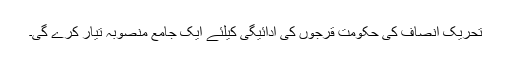
تحریک انصاف کی حکومت قرجوں کی ادائیگی کیلئے ایک جامع منصوبہ تیار کرے گی۔